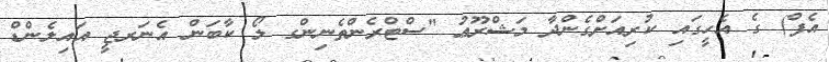
އެފް) ގެ އެހީގައި ކުރިއަށްގެންދާ މަޝްރޫޢު "ސްޓްރެންތެނިންގ ލޯ ކާބަން އެނަރޖީ އައިލެންޑް